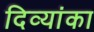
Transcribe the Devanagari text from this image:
दिव्यांका